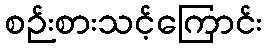
စဉ်းစားသင့်ကြောင်း